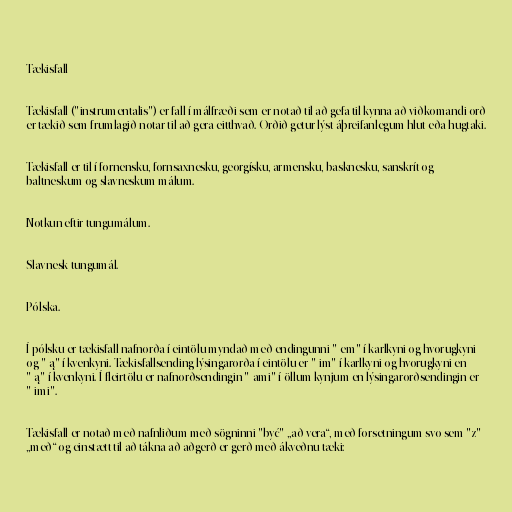
Tækisfall

Tækisfall ("instrumentalis") er fall í málfræði sem er notað til að gefa til kynna að viðkomandi orð
er tækið sem frumlagið notar til að gera eitthvað. Orðið getur lýst áþreifanlegum hlut eða hugtaki.

Tækisfall er til í fornensku, fornsaxnesku, georgísku, armensku, basknesku, sanskrít og
baltneskum og slavneskum málum.

Notkun eftir tungumálum.

Slavnesk tungumál.

Pólska.

Í pólsku er tækisfall nafnorða í eintölu myndað með endingunni "-em" í karlkyni og hvorugkyni
og "-ą" í kvenkyni. Tækisfallsending lýsingarorða í eintölu er "-im" í karlkyni og hvorugkyni en
"-ą" í kvenkyni. Í fleirtölu er nafnorðsendingin "-ami" í öllum kynjum en lýsingarorðsendingin er
"-imi".

Tækisfall er notað með nafnliðum með sögninni "być" „að vera“, með forsetningum svo sem "z"
„með“ og einstætt til að tákna að aðgerð er gerð með ákveðnu tæki: